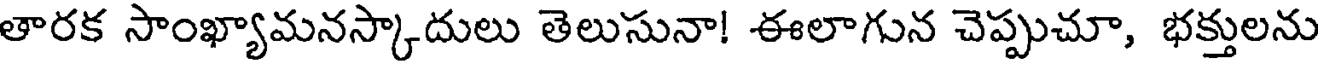
తారక సాంఖ్యామనస్కాదులు తెలుసునా! ఈలాగున చెప్పుచూ, భక్తులను